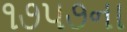
૧૭૫૭ના